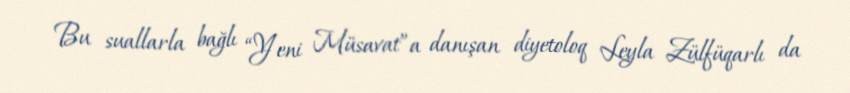
Bu suallarla bağlı “Yeni Müsavat”a danışan diyetoloq Leyla Zülfüqarlı da